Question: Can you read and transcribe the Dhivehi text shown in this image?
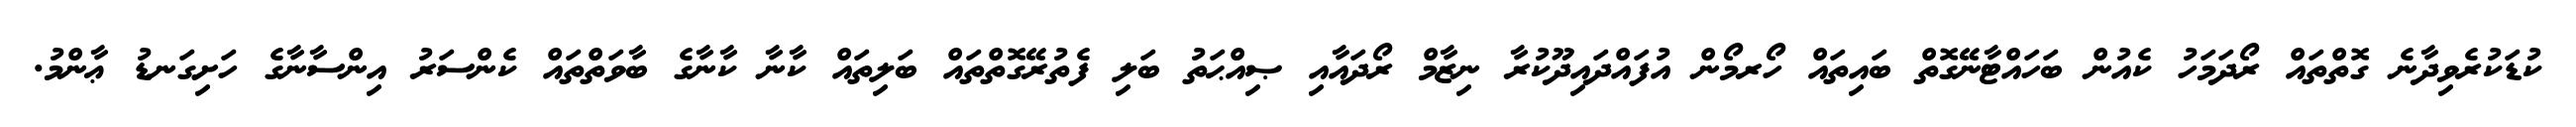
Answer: ކުޑަކުރެވިދާނެ ގޮތްތައް ރޯދަމަހު ކެއުން ބަހައްޓާނޭގޮތް ބައިތައް ހޯރމޯން އުފައްދައިދޫކުރާ ނިޒާމް ރޯދައާއި ޞިއްޙަތު ބަލި ފެތުރޭގޮތްތައް ބަލިތައް ކާނާ ކާނާގެ ބާވަތްތައް ކެންސަރު އިންސާނާގެ ހަށިގަނޑު ޢާންމު.